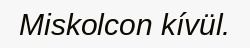
Miskolcon kívül.